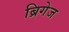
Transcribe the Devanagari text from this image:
ब्रिगेज